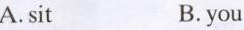
A.sit B.you